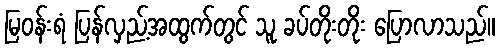
မြဝန်းရံ ပြန်လှည့်အထွက်တွင် သူ ခပ်တိုးတိုး ပြောလာသည်။